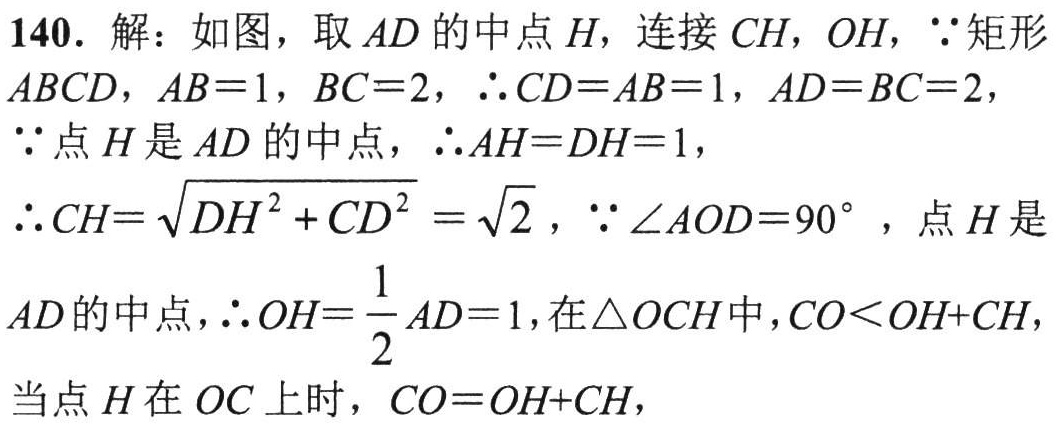
140. 解：如图，取 \(AD\) 的中点 \(H\)，连接 \(CH\)，\(OH\)，\(\because\)矩形 \(ABCD\)，\(AB = 1\)，\(BC = 2\)，\(\therefore CD = AB = 1\)，\(AD = BC = 2\)，\(\because\)点 \(H\) 是 \(AD\) 的中点，\(\therefore AH = DH = 1\)，\(\therefore CH=\sqrt{DH^{2}+CD^{2}}=\sqrt{2}\)，\(\because\angle AOD = 90^{\circ}\)，点 \(H\) 是 \(AD\)的中点，\(\therefore OH=\frac{1}{2}AD = 1\)，在\(\triangle OCH\)中，\(CO<OH + CH\)，当点 \(H\) 在 \(OC\) 上时，\(CO = OH + CH\)，